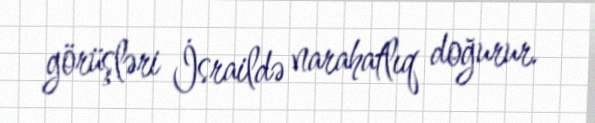
görüşləri İsraildə narahatlıq doğurur.